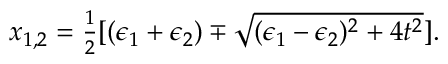
\begin{array} { r } { x _ { 1 , 2 } = \frac { 1 } { 2 } [ ( \epsilon _ { 1 } + \epsilon _ { 2 } ) \mp \sqrt { ( \epsilon _ { 1 } - \epsilon _ { 2 } ) ^ { 2 } + 4 t ^ { 2 } } ] . } \end{array}